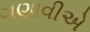
ગણાવીએ